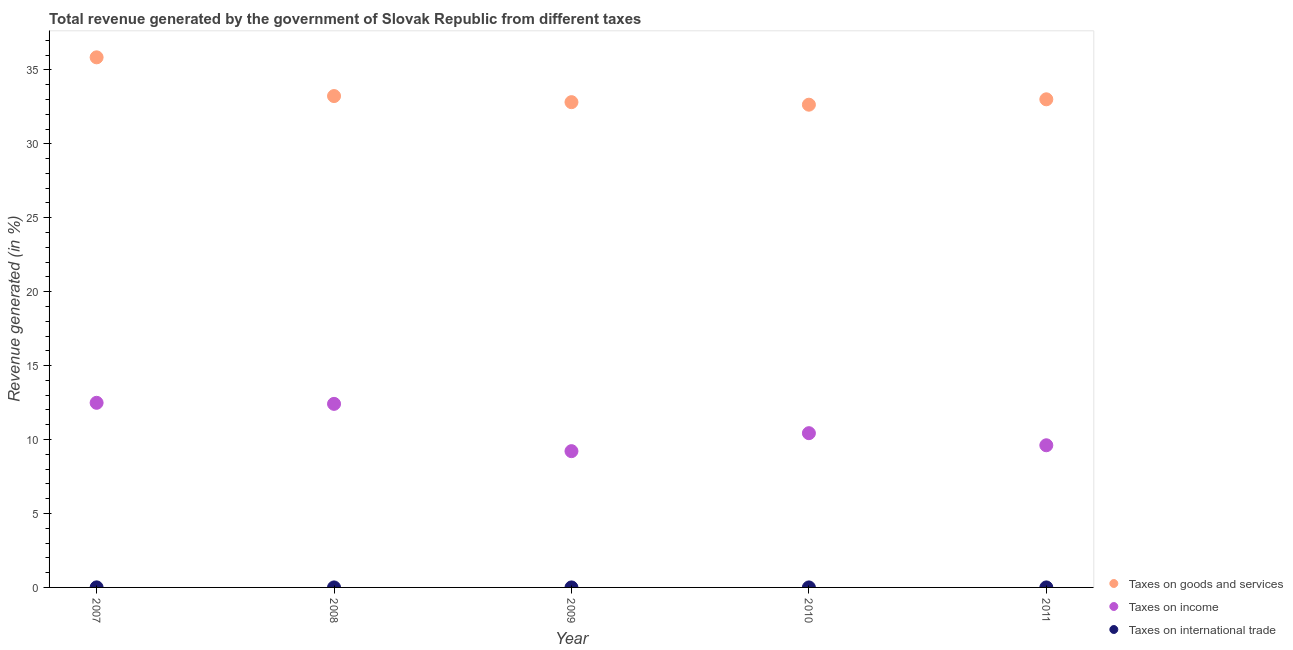
| Year | Taxes on goods and services | Taxes on income | Taxes on international trade |
 | --- | --- | --- | --- |
 | 2007 | 35.8 | 12.5 | 0.00397 |
 | 2008 | 33.2 | 12.4 | 0.000147 |
 | 2009 | 32.8 | 9.22 | 0.000151 |
 | 2010 | 32.6 | 10.4 | 0.000281 |
 | 2011 | 33 | 9.61 | 0.000425 |